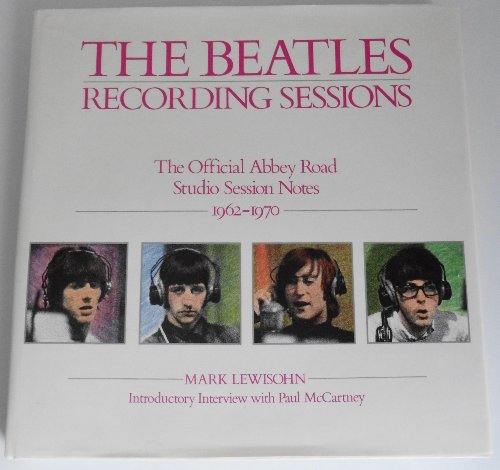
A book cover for The Beatles Recording Sessions: The Official Abbey Road Studio Session Notes 1962-1970; Mark Lewisohn; Arts & Photography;